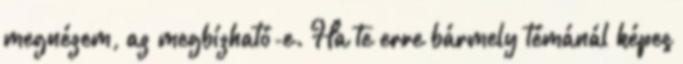
megnézem, az megbízható-e. Ha te erre bármely témánál képes